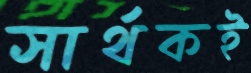
সার্থকই